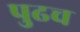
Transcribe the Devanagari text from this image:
पुढच